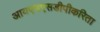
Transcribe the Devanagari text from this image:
आयएचएसडीपीकरिता